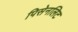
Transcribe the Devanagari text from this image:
पिसेनलिट